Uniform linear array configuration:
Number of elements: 64
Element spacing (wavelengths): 0.75
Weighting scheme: blackman
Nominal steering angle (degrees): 0
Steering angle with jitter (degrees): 0.3771
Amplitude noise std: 0.05
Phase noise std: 0.05

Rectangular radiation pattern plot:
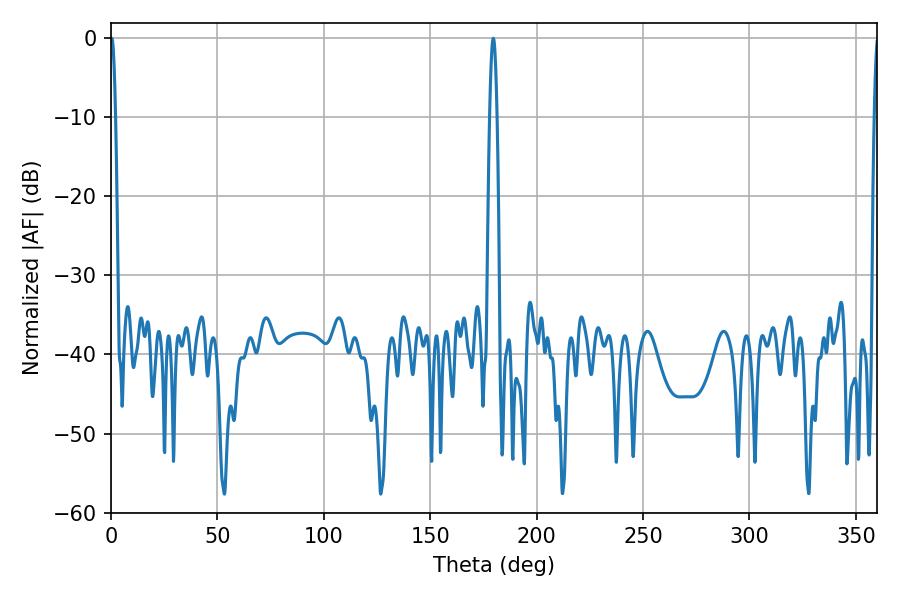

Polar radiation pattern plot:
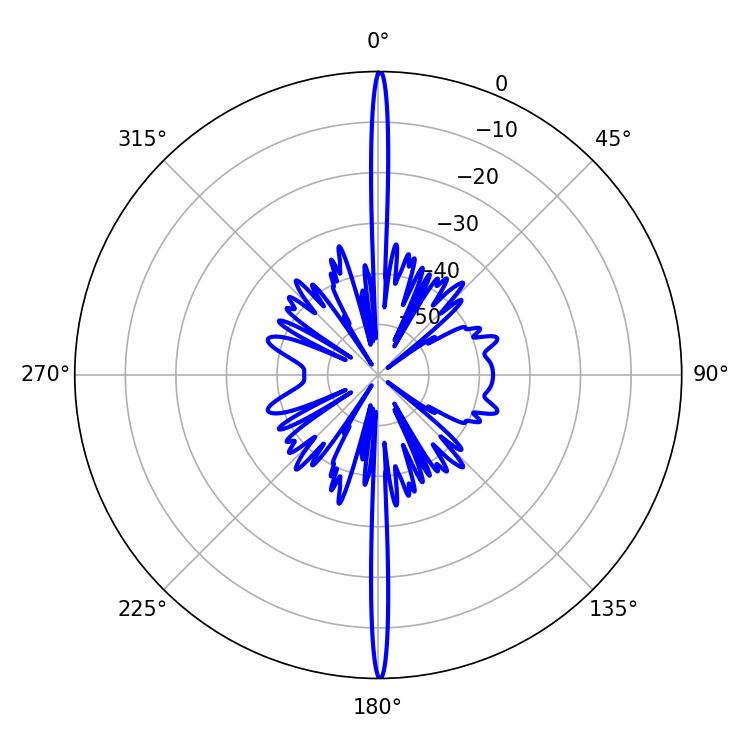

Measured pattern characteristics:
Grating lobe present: TRUE
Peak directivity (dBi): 35.71
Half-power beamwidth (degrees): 1.26
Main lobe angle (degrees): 0.36